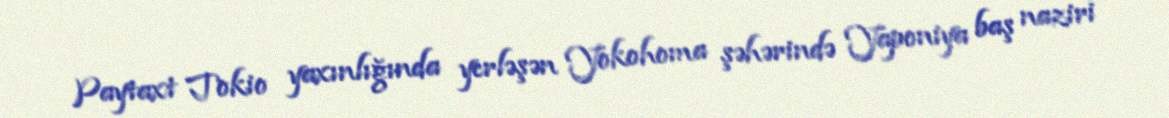
Paytaxt Tokio yaxınlığında yerləşən Yokohoma şəhərində Yaponiya baş naziri